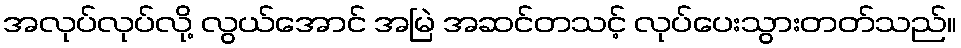
အလုပ်လုပ်လို့ လွယ်အောင် အမြဲ အဆင်တသင့် လုပ်ပေးသွားတတ်သည်။